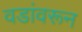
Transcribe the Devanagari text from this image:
वडांवरून